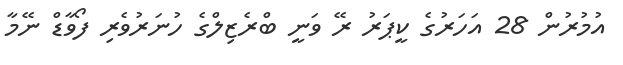
އުމުރުން 28 އަހަރުގެ ކީޕަރު ރޭ ވަނީ ބްރެޒިލްގެ ހުނަރުވެރި ފޯވާޑް ނޭމާ